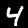
Label: 4